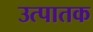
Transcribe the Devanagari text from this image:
उत्पातक